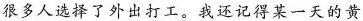
很多人选择了外出打工。我还记得某一天的黄